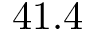
4 1 . 4